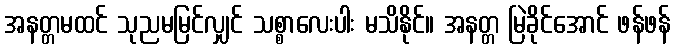
အနတ္တမထင် သုညမမြင်လျှင် သစ္စာလေးပါး မသိနိုင်။ အနတ္တ မြဲခိုင်အောင် ဖန်ဖန်